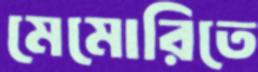
মেমোরিতে